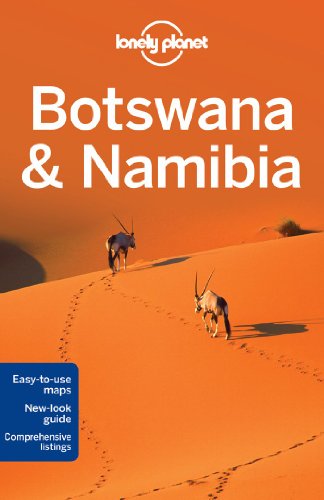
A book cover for Lonely Planet Botswana & Namibia (Travel Guide); Lonely Planet; Travel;